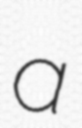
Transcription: a